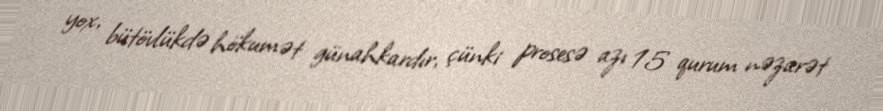
yox, bütövlükdə hökumət günahkardır, çünki prosesə azı 15 qurum nəzarət